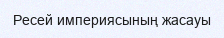
Ресей империясының жасауы